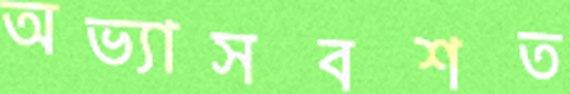
অভ্যাসবশত